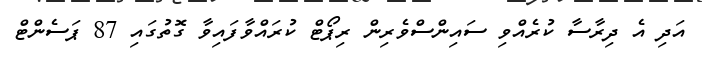
އަދި އެ ދިރާސާ ކުރެއްވި ސައިންސްވެރިން ރިޕޯޓް ކުރައްވާފައިވާ ގޮތުގައި 87 ޕަސެންޓް